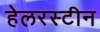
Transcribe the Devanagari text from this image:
हेलरस्टीन